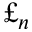
\pounds _ { n }